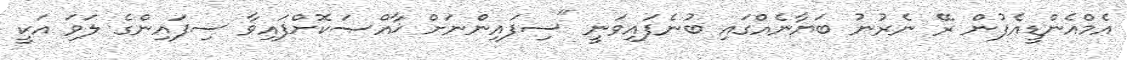
އެމްއެންޑީއެފުން ރޭ ނެރުނު ބަޔާނެއްގައި ބުނެފައިވަނީ "ސިފައިންނަށް ޚާއްޞަކޮށްފައިވާ ސިފައިންގެ ލަވަ އަކީ